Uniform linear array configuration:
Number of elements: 16
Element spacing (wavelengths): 1
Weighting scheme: binomial
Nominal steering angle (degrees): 15
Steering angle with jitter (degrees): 15.174
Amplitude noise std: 0.05
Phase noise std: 0.05

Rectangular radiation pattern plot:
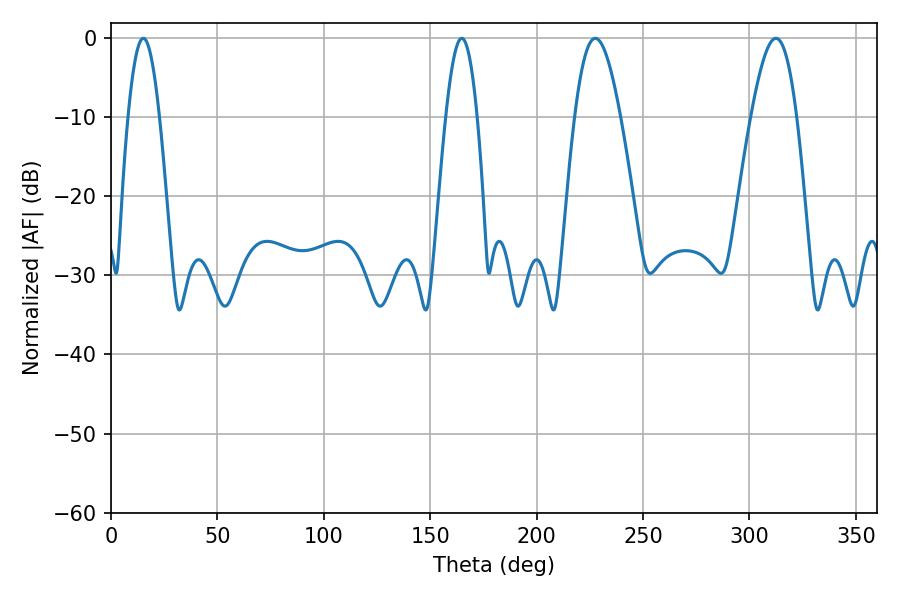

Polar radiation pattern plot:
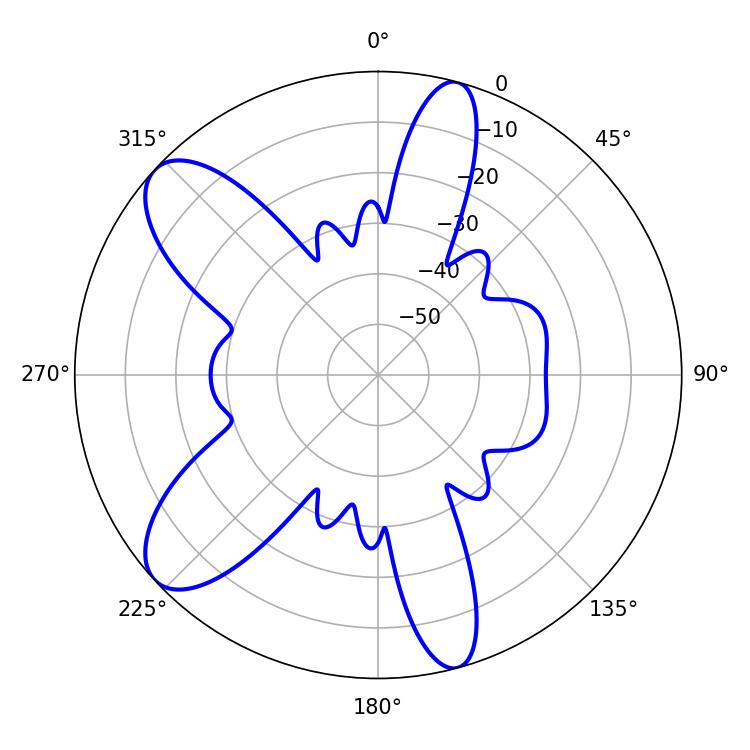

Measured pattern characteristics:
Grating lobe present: TRUE
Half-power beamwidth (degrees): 11.52
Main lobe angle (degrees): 227.52